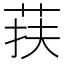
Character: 荴